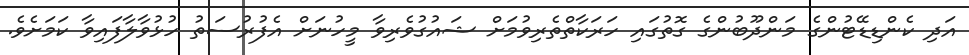
އަދި ކެންޑިޑޭޓުންގެ މަންދޫބުންގެ ގޮތުގައި ހަރަކާތްތެރިވުމަށް ޝައުގުވެރިވާ މީހުނަށް އެފުރުސަތު ހުޅުވާލާފައިވާ ކަމަށެވެ.